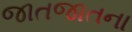
જાતજાતના